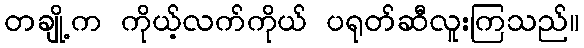
တချို့က ကိုယ့်လက်ကိုယ် ပရုတ်ဆီလူးကြသည်။